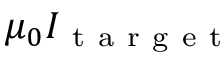
\mu _ { 0 } I _ { \mathrm { ~ t ~ a ~ r ~ g ~ e ~ t ~ } }